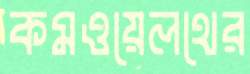
কমওয়েলথের